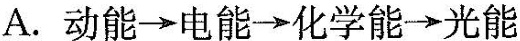
A.动能\rightarrow 电能\rightarrow 化学能\rightarrow 光能